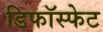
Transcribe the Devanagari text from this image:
डिफॉस्फेट